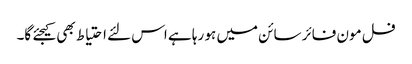
فل مون فائر سائن میں ہو رہا ہے اس لئے احتیاط بھی کیجئے گا۔